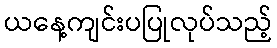
ယနေ့ကျင်းပပြုလုပ်သည့်